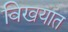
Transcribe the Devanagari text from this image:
विखयात